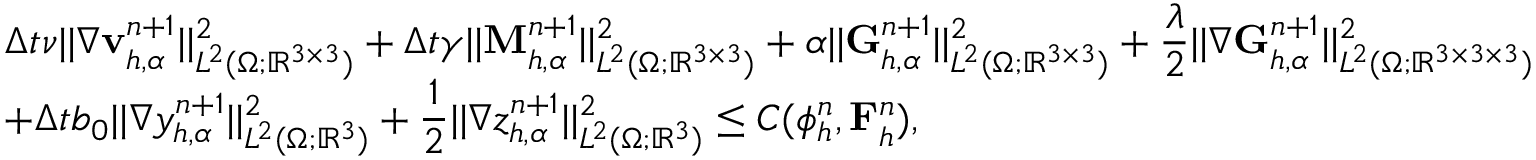
\begin{array} { r l } & { \displaystyle \Delta t \nu | | \nabla \mathbf { v } _ { h , \alpha } ^ { n + 1 } | | _ { L ^ { 2 } ( \Omega ; \mathbb { R } ^ { 3 \times 3 } ) } ^ { 2 } + \Delta t \gamma | | \mathbf { M } _ { h , \alpha } ^ { n + 1 } | | _ { L ^ { 2 } ( \Omega ; \mathbb { R } ^ { 3 \times 3 } ) } ^ { 2 } + \alpha | | \mathbf { G } _ { h , \alpha } ^ { n + 1 } | | _ { L ^ { 2 } ( \Omega ; \mathbb { R } ^ { 3 \times 3 } ) } ^ { 2 } + \frac { \lambda } { 2 } | | \nabla \mathbf { G } _ { h , \alpha } ^ { n + 1 } | | _ { L ^ { 2 } ( \Omega ; \mathbb { R } ^ { 3 \times 3 \times 3 } ) } ^ { 2 } } \\ & { \displaystyle + \Delta t b _ { 0 } | | \nabla y _ { h , \alpha } ^ { n + 1 } | | _ { L ^ { 2 } ( \Omega ; \mathbb { R } ^ { 3 } ) } ^ { 2 } + \frac { 1 } { 2 } | | \nabla z _ { h , \alpha } ^ { n + 1 } | | _ { L ^ { 2 } ( \Omega ; \mathbb { R } ^ { 3 } ) } ^ { 2 } \leq C ( \phi _ { h } ^ { n } , \mathbf { F } _ { h } ^ { n } ) , } \end{array}